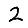
Digit: 2